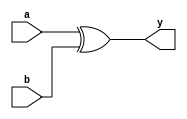
//XOR Gate
//Structural modelling

module XOR_Structural(a,b,y);
input a,b;
output y;

xor xor1(y,a,b);
endmodule